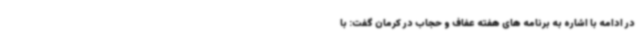
در ادامه با اشاره به برنامه های هفته عفاف و حجاب در کرمان گفت: با